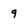
Character: 9